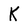
Character: K